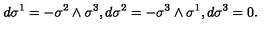
d \sigma ^ { 1 } = - \sigma ^ { 2 } \wedge \sigma ^ { 3 } , d \sigma ^ { 2 } = - \sigma ^ { 3 } \wedge \sigma ^ { 1 } , d \sigma ^ { 3 } = 0 .